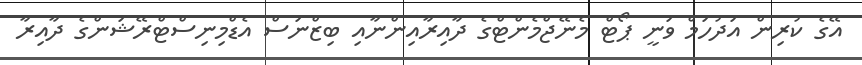
އޭގެ ކުރިން އަދުހަމް ވަނީ ޕޯޓް މެނޭޖްމެންޓްގެ ދާއިރާއިންނާއި ބިޒްނަސް އެޑްމިނިސްޓްރޭޝަންގެ ދާއިރާ